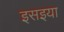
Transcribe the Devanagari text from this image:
इसइया